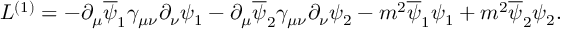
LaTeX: { \cal L } ^ { ( 1 ) } = - \partial _ { \mu } \overline { { \psi } } _ { 1 } \gamma _ { \mu \nu } \partial _ { \nu } \psi _ { 1 } - \partial _ { \mu } \overline { { \psi } } _ { 2 } \gamma _ { \mu \nu } \partial _ { \nu } \psi _ { 2 } - m ^ { 2 } \overline { { \psi } } _ { 1 } \psi _ { 1 } + m ^ { 2 } \overline { { \psi } } _ { 2 } \psi _ { 2 } .